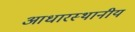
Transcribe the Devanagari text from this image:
आधारस्थानीय